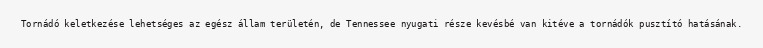
Tornádó keletkezése lehetséges az egész állam területén, de Tennessee nyugati része kevésbé van kitéve a tornádók pusztító hatásának.